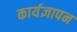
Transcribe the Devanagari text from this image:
कार्यज्ञापन